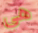
هي